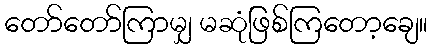
တော်တော်ကြာမျှ မဆုံဖြစ်ကြတော့ချေ။